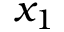
x _ { 1 }